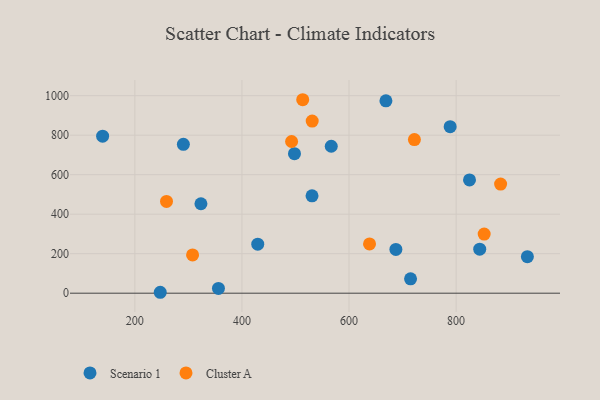
{"axis": {"x": "Engine Size", "y": "Salary"}, "legend": ["Cluster A", "Scenario 1"], "data": [{"x": "714.9", "y": 72.8, "type": "Scenario 1"}, {"x": "788.9", "y": 843.0, "type": "Scenario 1"}, {"x": "668.9", "y": 974.2, "type": "Scenario 1"}, {"x": "687.5", "y": 221.8, "type": "Scenario 1"}, {"x": "290.6", "y": 753.8, "type": "Scenario 1"}, {"x": "844.1", "y": 222.8, "type": "Scenario 1"}, {"x": "933.1", "y": 185.0, "type": "Scenario 1"}, {"x": "139.8", "y": 794.9, "type": "Scenario 1"}, {"x": "566.8", "y": 744.1, "type": "Scenario 1"}, {"x": "498.1", "y": 706.4, "type": "Scenario 1"}, {"x": "356.1", "y": 24.3, "type": "Scenario 1"}, {"x": "429.5", "y": 248.4, "type": "Scenario 1"}, {"x": "323.4", "y": 453.0, "type": "Scenario 1"}, {"x": "247.4", "y": 4.7, "type": "Scenario 1"}, {"x": "825.0", "y": 573.5, "type": "Scenario 1"}, {"x": "530.9", "y": 493.0, "type": "Scenario 1"}, {"x": "531.2", "y": 871.3, "type": "Cluster A"}, {"x": "883.1", "y": 552.4, "type": "Cluster A"}, {"x": "513.5", "y": 979.6, "type": "Cluster A"}, {"x": "307.8", "y": 193.9, "type": "Cluster A"}, {"x": "722.1", "y": 777.8, "type": "Cluster A"}, {"x": "492.7", "y": 768.0, "type": "Cluster A"}, {"x": "852.4", "y": 299.4, "type": "Cluster A"}, {"x": "259.1", "y": 464.9, "type": "Cluster A"}, {"x": "638.3", "y": 249.6, "type": "Cluster A"}]}